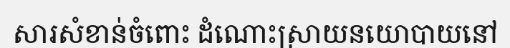
សារសំខាន់ចំពោះ ដំណោះស្រាយនយោបាយនៅ